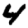
Digit: 4